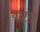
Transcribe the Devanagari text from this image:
यारडा